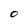
Character: O